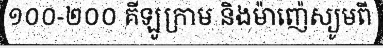
១០០-២០០ គីឡូក្រាម និងម៉ាញ៉េស្យូមពី